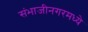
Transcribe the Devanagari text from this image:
संभाजीनगरमध्ये